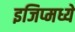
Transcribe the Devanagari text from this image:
इजिप्मध्ये